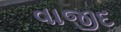
વાજીદ